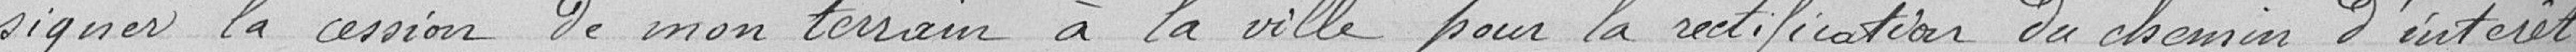
signer la cession de mon terrain à al Ville pour la rectification du chemin d'intérêt